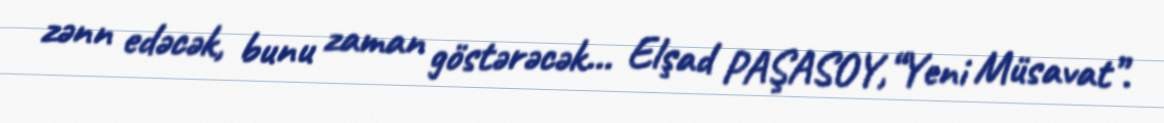
zənn edəcək, bunu zaman göstərəcək... Elşad PAŞASOY,“Yeni Müsavat”.